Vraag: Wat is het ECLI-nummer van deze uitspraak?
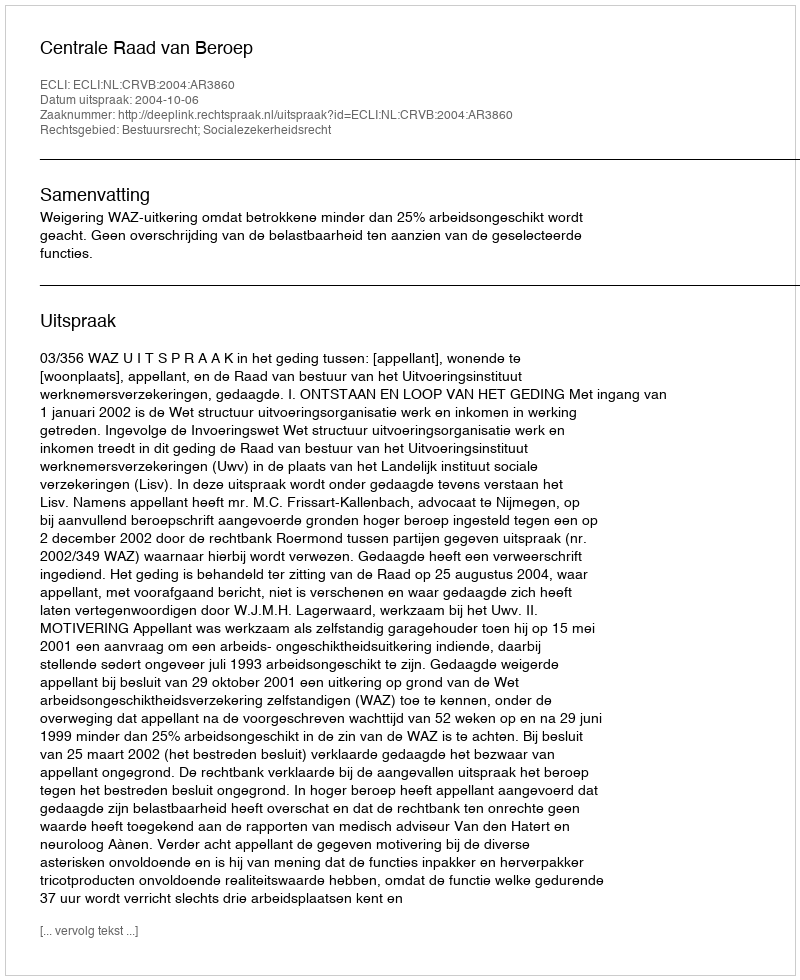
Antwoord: ECLI:NL:CRVB:2004:AR3860